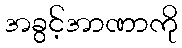
အခွင့်အာဏာကို